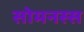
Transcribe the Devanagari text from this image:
सोमनस्स